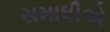
સમાધીએ